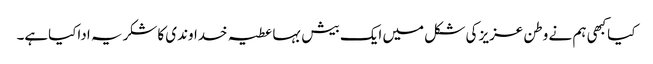
کیاکبھی ہم نے وطن عزیز کی شکل میں ایک بیش بہاعطیہ خداوندی کاشکریہ اداکیاہے۔